Report on the administration of the Government Cinchona Department 1892-98
Year: 1892
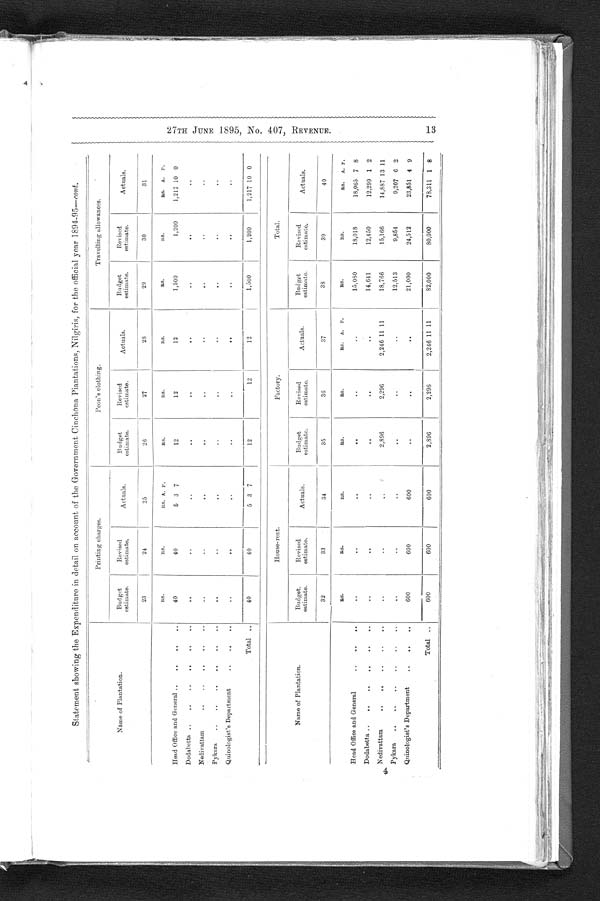
27TH JUNE 1895, No. 407, REVENUE.
Statement showing the Expenditure in detail on account of the Government Cinchona Plantations, Nilgiris, for the official year 1894-95—cont.
Name of Plantation.
Printing charges.
Peon's clothing.
Travelling allowances.
Budget
estimate.
Revised
estimate.
A c t u a l s .
Budget
estimate.
Revised
estimate.
Actuals.
Budget
estimate.
Revised
estimate.
Actuals.
23
24
25
26
27
28
29
30
31
R s .
RS.
RS. A. P.
RS.
RS.
RS.
RS.
RS.
Rs. A. P.
Head Office and General ..
..
..
..
40
40
5 3 7
12
12
12
1,500
1,200
1,217 10 0
Dodabetta .. .. .. .. .. ..
..
..
..
. .
..
..
..
..
..
Nedivattam...
..
..
. .
..
. .
..
..
..
. .
Pykara
..
.. ..
..
..
..
..
..
..
..
..
..
..
. .
..
Quinologist's Department
.. .. ..
..
. . .
.
. .
. .
. .
. .
. .
..
Tot al
. .
40
40
5 3 7
12
12
12
1,500
1,200
1,217 10 0
Name of Plantation.
House-rent.
Factory.
Total.
Budget.
estimate.
Revised
estimate.
A c t u a l s .
Budget
estimate.
Revised
estimate.
Actuals.
Budget
estimate.
Revised
estimate.
Actuals.
32
33
34
35
36
37
38
39
40
RS.
RS,
RS.
RS.
RS.
RS. A. P.
RS.
RS.
RS.
A. P.
Head Office and General
..
..
..
..
..
..
..
..
. .
15,080
18,018
18,065 7 8
Dodabetta
.. ..
..
..
..
..
..
..
..
..
..
. .
14,641
12,450
12,299 1 2
Nedivattam ..
..
..
..
..
..
..
..
2,896
2,296
2,246 11 11
18,766
15,166
14,887 13 11
Pykara
..
..
..
..
..
..
..
..
..
..
..
. .
12,513
9,854
9,207 6 2
Quinologist ' s Department ..
..
..
600
600
600
..
..
..
21,000
24,512
23,851 4 9
Total ..
600
600
600
2,896
2,296
2,246 11 11
82,000
80,000
78,311 1 8